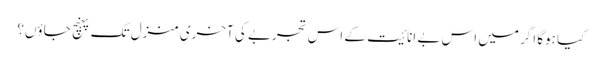
کیا ہوگا اگر میں اس بے انائیت کے اس تجربے کی آخری منزل تک پہنچ جاؤں؟